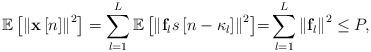
LaTeX: \begin{align*} {\mathbb{E}}\left[ {{{\left\| {{\bf{x}}\left[ n \right]} \right\|}^2}} \right] = \sum\limits_{l = 1}^L {{\mathbb{E}}\left[ {{{\left\| {{{\bf{f}}_l}s\left[ {n - {\kappa_l}} \right]} \right\|}^2}} \right]} {\rm =} \sum\limits_{l = 1}^L {{{\left\| {{{\bf{f}}_l}} \right\|}^2}} \le P, \end{align*}